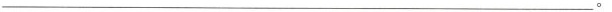
___。